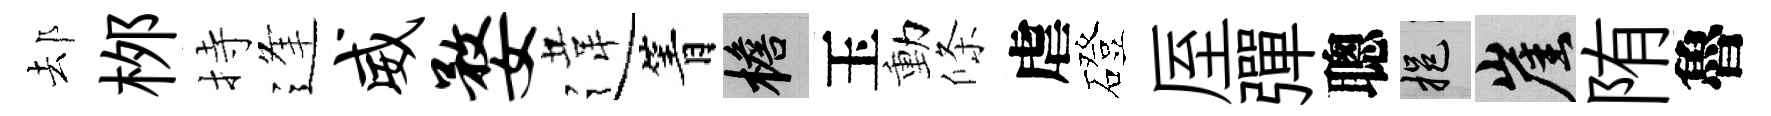
𨚫桞持逢威婺違箐檐玉動條虐磴厔彈聰挹崖陏魯